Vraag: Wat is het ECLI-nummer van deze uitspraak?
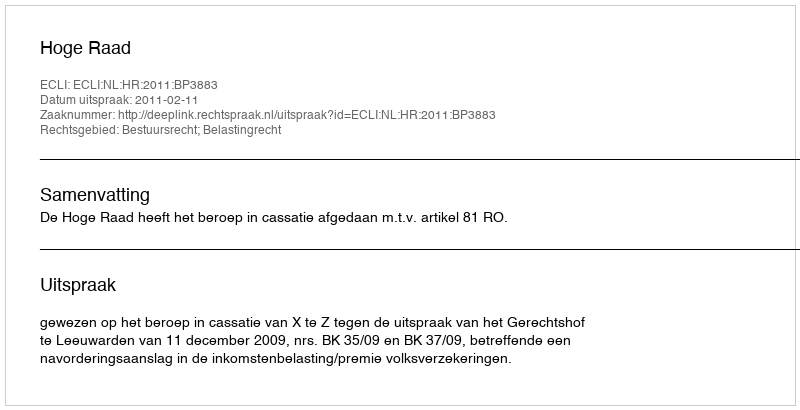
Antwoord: ECLI:NL:HR:2011:BP3883